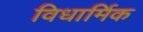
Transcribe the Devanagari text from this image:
विधार्मिक